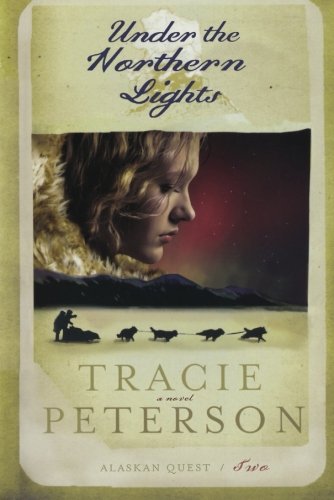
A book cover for Under the Northern Lights (Alaskan Quest #2); Tracie Peterson; Romance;